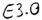
Text: E3.0